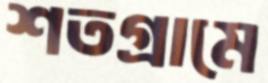
শতগ্রামে